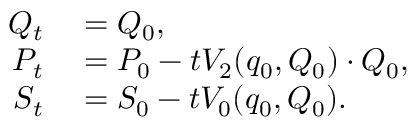
\begin{array} { r l } { Q _ { t } } & { { } = Q _ { 0 } , } \\ { P _ { t } } & { { } = P _ { 0 } - t V _ { 2 } ( q _ { 0 } , Q _ { 0 } ) \cdot Q _ { 0 } , } \\ { S _ { t } } & { { } = S _ { 0 } - t V _ { 0 } ( q _ { 0 } , Q _ { 0 } ) . } \end{array}